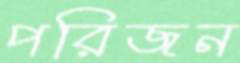
পরিজন